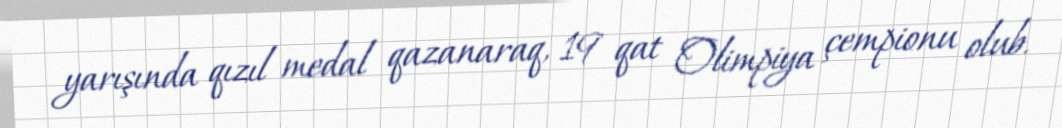
yarışında qızıl medal qazanaraq, 19 qat Olimpiya çempionu olub.